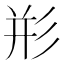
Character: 𰐨